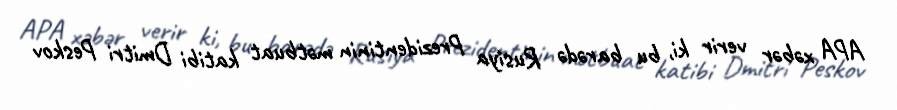
APA xəbər verir ki, bu barədə Rusiya Prezidentinin mətbuat katibi Dmitri Peskov